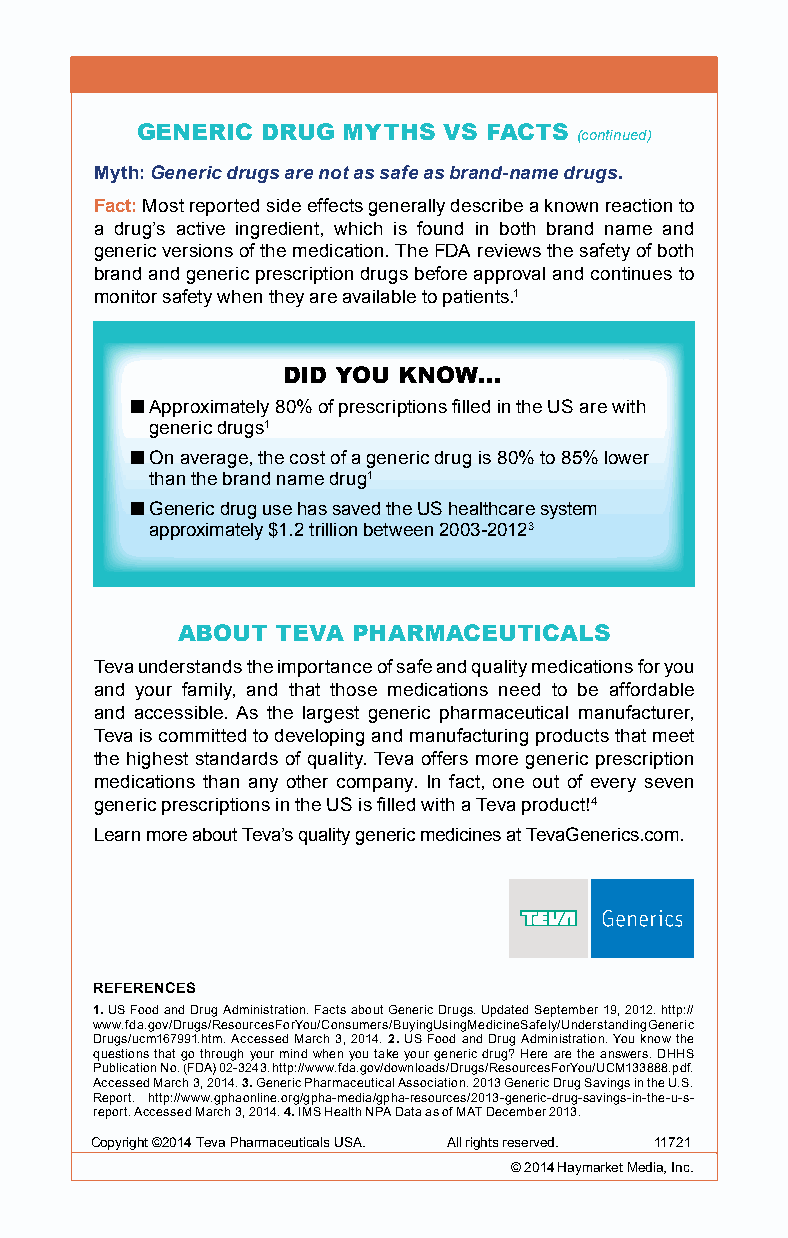
GENERIC DRUG  MYTHS VS FACTS (continued)
 Myth: Generic drugs are not as safe as brand-name drugs.
 Fact: Most reported side effects generally describe a known reaction to
 a drug’s active ingredient, which is found in both brand name and
 generic versions of the medication. The FDA reviews the safety of both
 brand and generic prescription drugs before approval and continues to
 monitor safety when they are available to patients.1
 DID YOU KNOW...
 n Approximately 80% of prescriptions filled in the US are with
 generic drugs1
 n On average, the cost of a generic drug is 80% to 85% lower
 than the brand name drug1
 n G eneric drug use has saved the US healthcare system
 approximately $1.2 trillion between 2003-20123
 ABOUT TEVA PHARMACEUTICALS
 Teva understands the importance of safe and quality medications for you
 and your family, and that those medications need to be affordable
 and accessible. As the largest generic pharmaceutical manufacturer,
 Teva is committed to developing and manufacturing products that meet
 the highest standards of quality. Teva offers more generic prescription
 medications than any other company. In fact, one out of every seven
 generic prescriptions in the US is filled with a Teva product!4
 Learn more about Teva’s quality generic medicines at TevaGenerics.com.
 REFERENCES
 1. US Food and Drug Administration. Facts about Generic Drugs. Updated September 19, 2012. http://
 www.fda.gov/Drugs/ResourcesForYou/Consumers/BuyingUsingMedicineSafely/UnderstandingGeneric
 Drugs/ucm167991.htm. Accessed March 3, 2014. 2. US Food and Drug Administration. You know the
 questions that go through your mind when you take your generic drug? Here are the answers. DHHS
 Publication No. (FDA) 02-3243. http://www.fda.gov/downloads/Drugs/ResourcesForYou/UCM133888.pdf.
 Accessed March 3, 2014. 3. Generic Pharmaceutical Association. 2013 Generic Drug Savings in the U.S.
 Report. http://www.gphaonline.org/gpha-media/gpha-resources/2013-generic-drug-savings-in-the-u-s-
 report. Accessed March 3, 2014. 4. IMS Health NPA Data as of MAT December 2013.
 Copyright ©2014 Teva Pharmaceuticals USA. All rights reserved. 11721
 Copyright © 2010 ©P r2e0s1c4ri bHinagy mRaerfkeeret nMceed LiaL,C Inc.